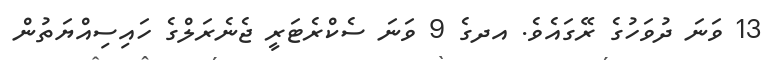
13 ވަނަ ދުވަހުގެ ރޭގައެވެ. އދގެ 9 ވަނަ ސެކްރެޓަރީ ޖެނެރަލްގެ ހައިސިއްޔަތުން